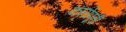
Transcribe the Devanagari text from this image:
कार्यपूर्ती